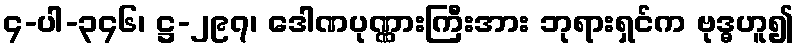
၄-ပါ-၃၄၆၊ ဋ္ဌ-၂၉၇၊ ဒေါဏပုဏ္ဏားကြီးအား ဘုရားရှင်က ဗုဒ္ဓဟူ၍